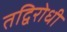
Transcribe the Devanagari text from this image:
तद्विरोधी